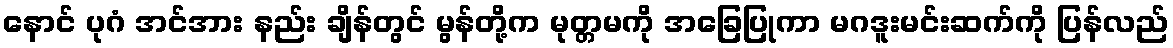
နောင် ပုဂံ အင်အား နည်း ချိန်တွင် မွန်တို့က မုတ္တမကို အခြေပြုကာ မဂဒူးမင်းဆက်ကို ပြန်လည်